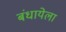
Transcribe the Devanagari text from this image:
बंधायेला